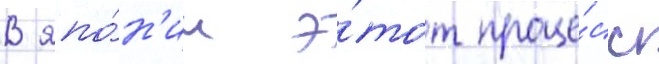
В япо́н'ии э́тот проце́сс